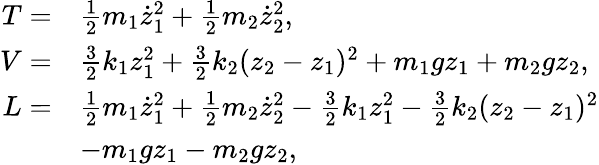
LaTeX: \begin{array}{rl}{T=}&{\frac{1}{2}m_{1}\dot{z}_{1}^{2}+\frac{1}{2}m_{2}\dot{z}_{2}^{2},}\\ {V=}&{\frac{3}{2}k_{1}z_{1}^{2}+\frac{3}{2}k_{2}(z_{2}-z_{1})^{2}+m_{1}gz_{1}+m_{2}gz_{2},}\\ {L=}&{\frac{1}{2}m_{1}\dot{z}_{1}^{2}+\frac{1}{2}m_{2}\dot{z}_{2}^{2}-\frac{3}{2}k_{1}z_{1}^{2}-\frac{3}{2}k_{2}(z_{2}-z_{1})^{2}}\\ &{-m_{1}gz_{1}-m_{2}gz_{2},}\end{array}